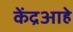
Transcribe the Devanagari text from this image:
केंद्रआहे